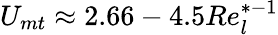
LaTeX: U_{mt}\approx 2.66-4.5Re_{l}^{*-1}